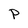
Character: P